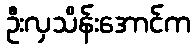
ဦးလှသိန်းအောင်က